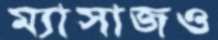
ম্যাসাজও